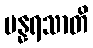
ပန္နရသာတိ